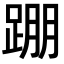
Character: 𨂃